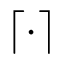
\lceil \cdot \rceil